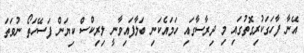
އޭނާ ފާހަގަކުރިގޮތުގައި މި ދިރާސާގައި ހަމައެކަނި ބަލާފައިވާނީ ލިރިކްސް ކިޔަން ފަސޭހަތޯ ނުވަތަ